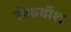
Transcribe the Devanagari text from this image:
सेफवॉश